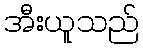
အီးယူသည်